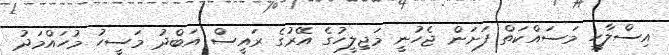
އިސްލާހީ މަަސައްކަތް ފަށަން ޖެހުނީ މަޖިލީހުގެ އޭރުގެ ރައީސް އަބްދު މަސީހު މުހައްމަދު